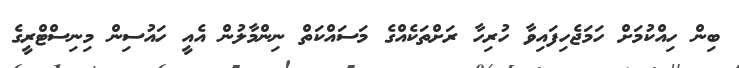
ބިން ހިއްކުމަށް ހަމަޖެހިފައިވާ ހުރިހާ ރަށްތަކެއްގެ މަސައްކަތް ނިންމާލުން އެއީ ހައުސިން މިނިސްޓްރީގެ